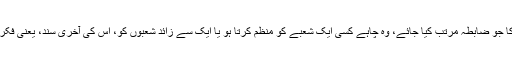
وہ یہ ہے کہ انسانی زندگی کا جو ضابطہ مرتب کیا جائے، وہ چاہے کسی ایک شعبے کو منظّم کرتا ہو یا ایک سے زائد شعبوں کو، اس کی آخری سند، یعنی فکری اساس اور بنیاد کیا ہو گی۔